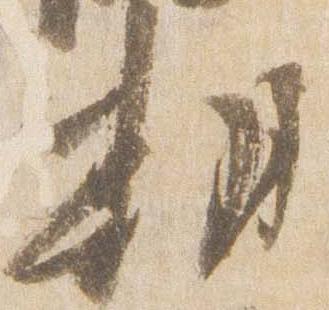
期